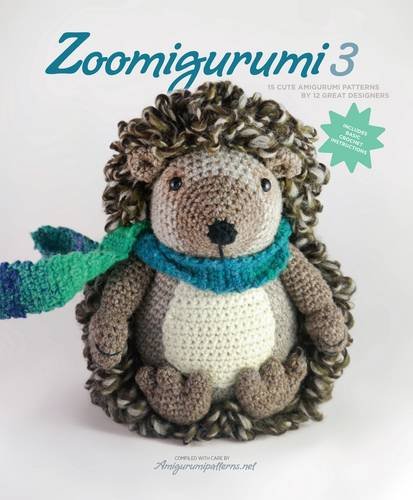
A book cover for Zoomigurumi 3: 15 Cute Amigurumi Patterns by 12 Great Designers; Joke Vermeiren; Crafts, Hobbies & Home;